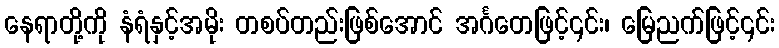
နေရာတို့ကို နံရံနှင့်အမိုး တစပ်တည်းဖြစ်အောင် အင်္ဂတေဖြင့်၎င်း၊ မြေညက်ဖြင့်၎င်း